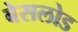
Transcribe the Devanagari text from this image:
बेसलोड